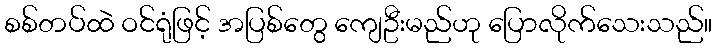
စစ်တပ်ထဲ ဝင်ရုံဖြင့် အပြစ်တွေ ကျေဦးမည်ဟု ပြောလိုက်သေးသည်။